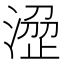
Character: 𣹣